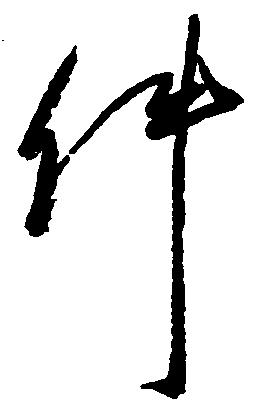
件